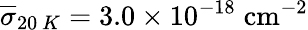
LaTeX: \overline{{\sigma}}_{20~K}=3.0\times 10^{-18}\; \mathrm{{cm^{-2}}}